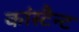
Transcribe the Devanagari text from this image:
कांस्टैन्ट